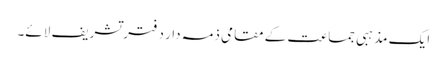
ایک مذہبی جماعت کے مقامی ذمہ دار دفتر تشریف لائے۔